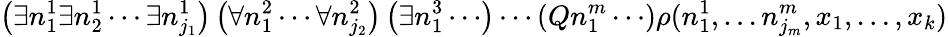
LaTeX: \left(\exists n_{1}^{1}\exists n_{2}^{1}\cdots\exists n_{j_{1}}^{1}\right)\left(\forall n_{1}^{2}\cdots\forall n_{j_{2}}^{2}\right)\left(\exists n_{1}^{3}\cdots\right)\cdots\left(Qn_{1}^{m}\cdots\right)\rho(n_{1}^{1},\ldots n_{j_{m}}^{m},x_{1},\ldots,x_{k})